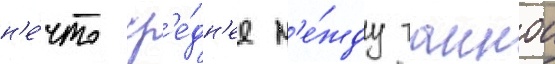
н'е́что ср'е́дн'ее м'е́жду таинои